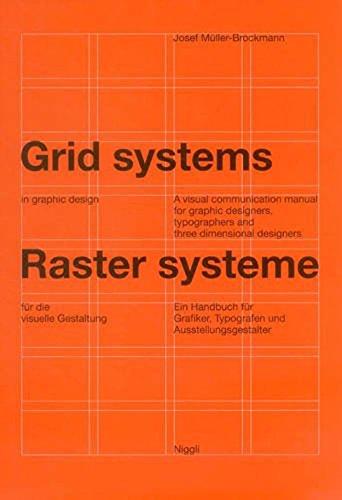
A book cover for Grid Systems in Graphic Design: A Visual Communication Manual for Graphic Designers, Typographers and Three Dimensional Designers (German and English Edition); Josef MÃ¼ller-Brockmann; Arts & Photography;